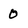
Character: O